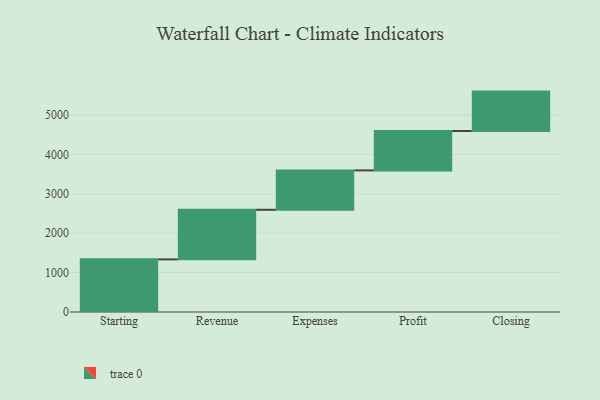
{"axis": {"x": "Step", "y": "Value"}, "legend": [""], "data": [{"x": "Starting", "y": 1336.0, "type": ""}, {"x": "Revenue", "y": 1259.0, "type": ""}, {"x": "Expenses", "y": 1000, "type": ""}, {"x": "Profit", "y": 1000, "type": ""}, {"x": "Closing", "y": 1000, "type": ""}]}